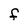
Character: F